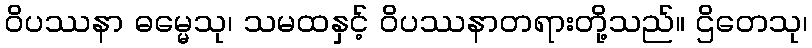
ဝိပဿနာ ဓမ္မေသု၊ သမထနှင့် ဝိပဿနာတရားတို့သည်။ ဌိတေသု၊